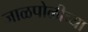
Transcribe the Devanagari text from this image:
जाळपोळीच्या